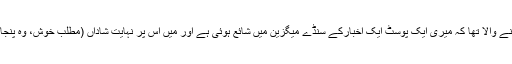
میں تو آپ کو یہ بتانے والا تھا کہ میری ایک پوسٹ ایک اخبارکے سنڈے میگزین میں شائع ہوئی ہے اور میں اس پر نہایت شاداں (مطلب خوش، وہ پنجابی والی شاداں نہیں!